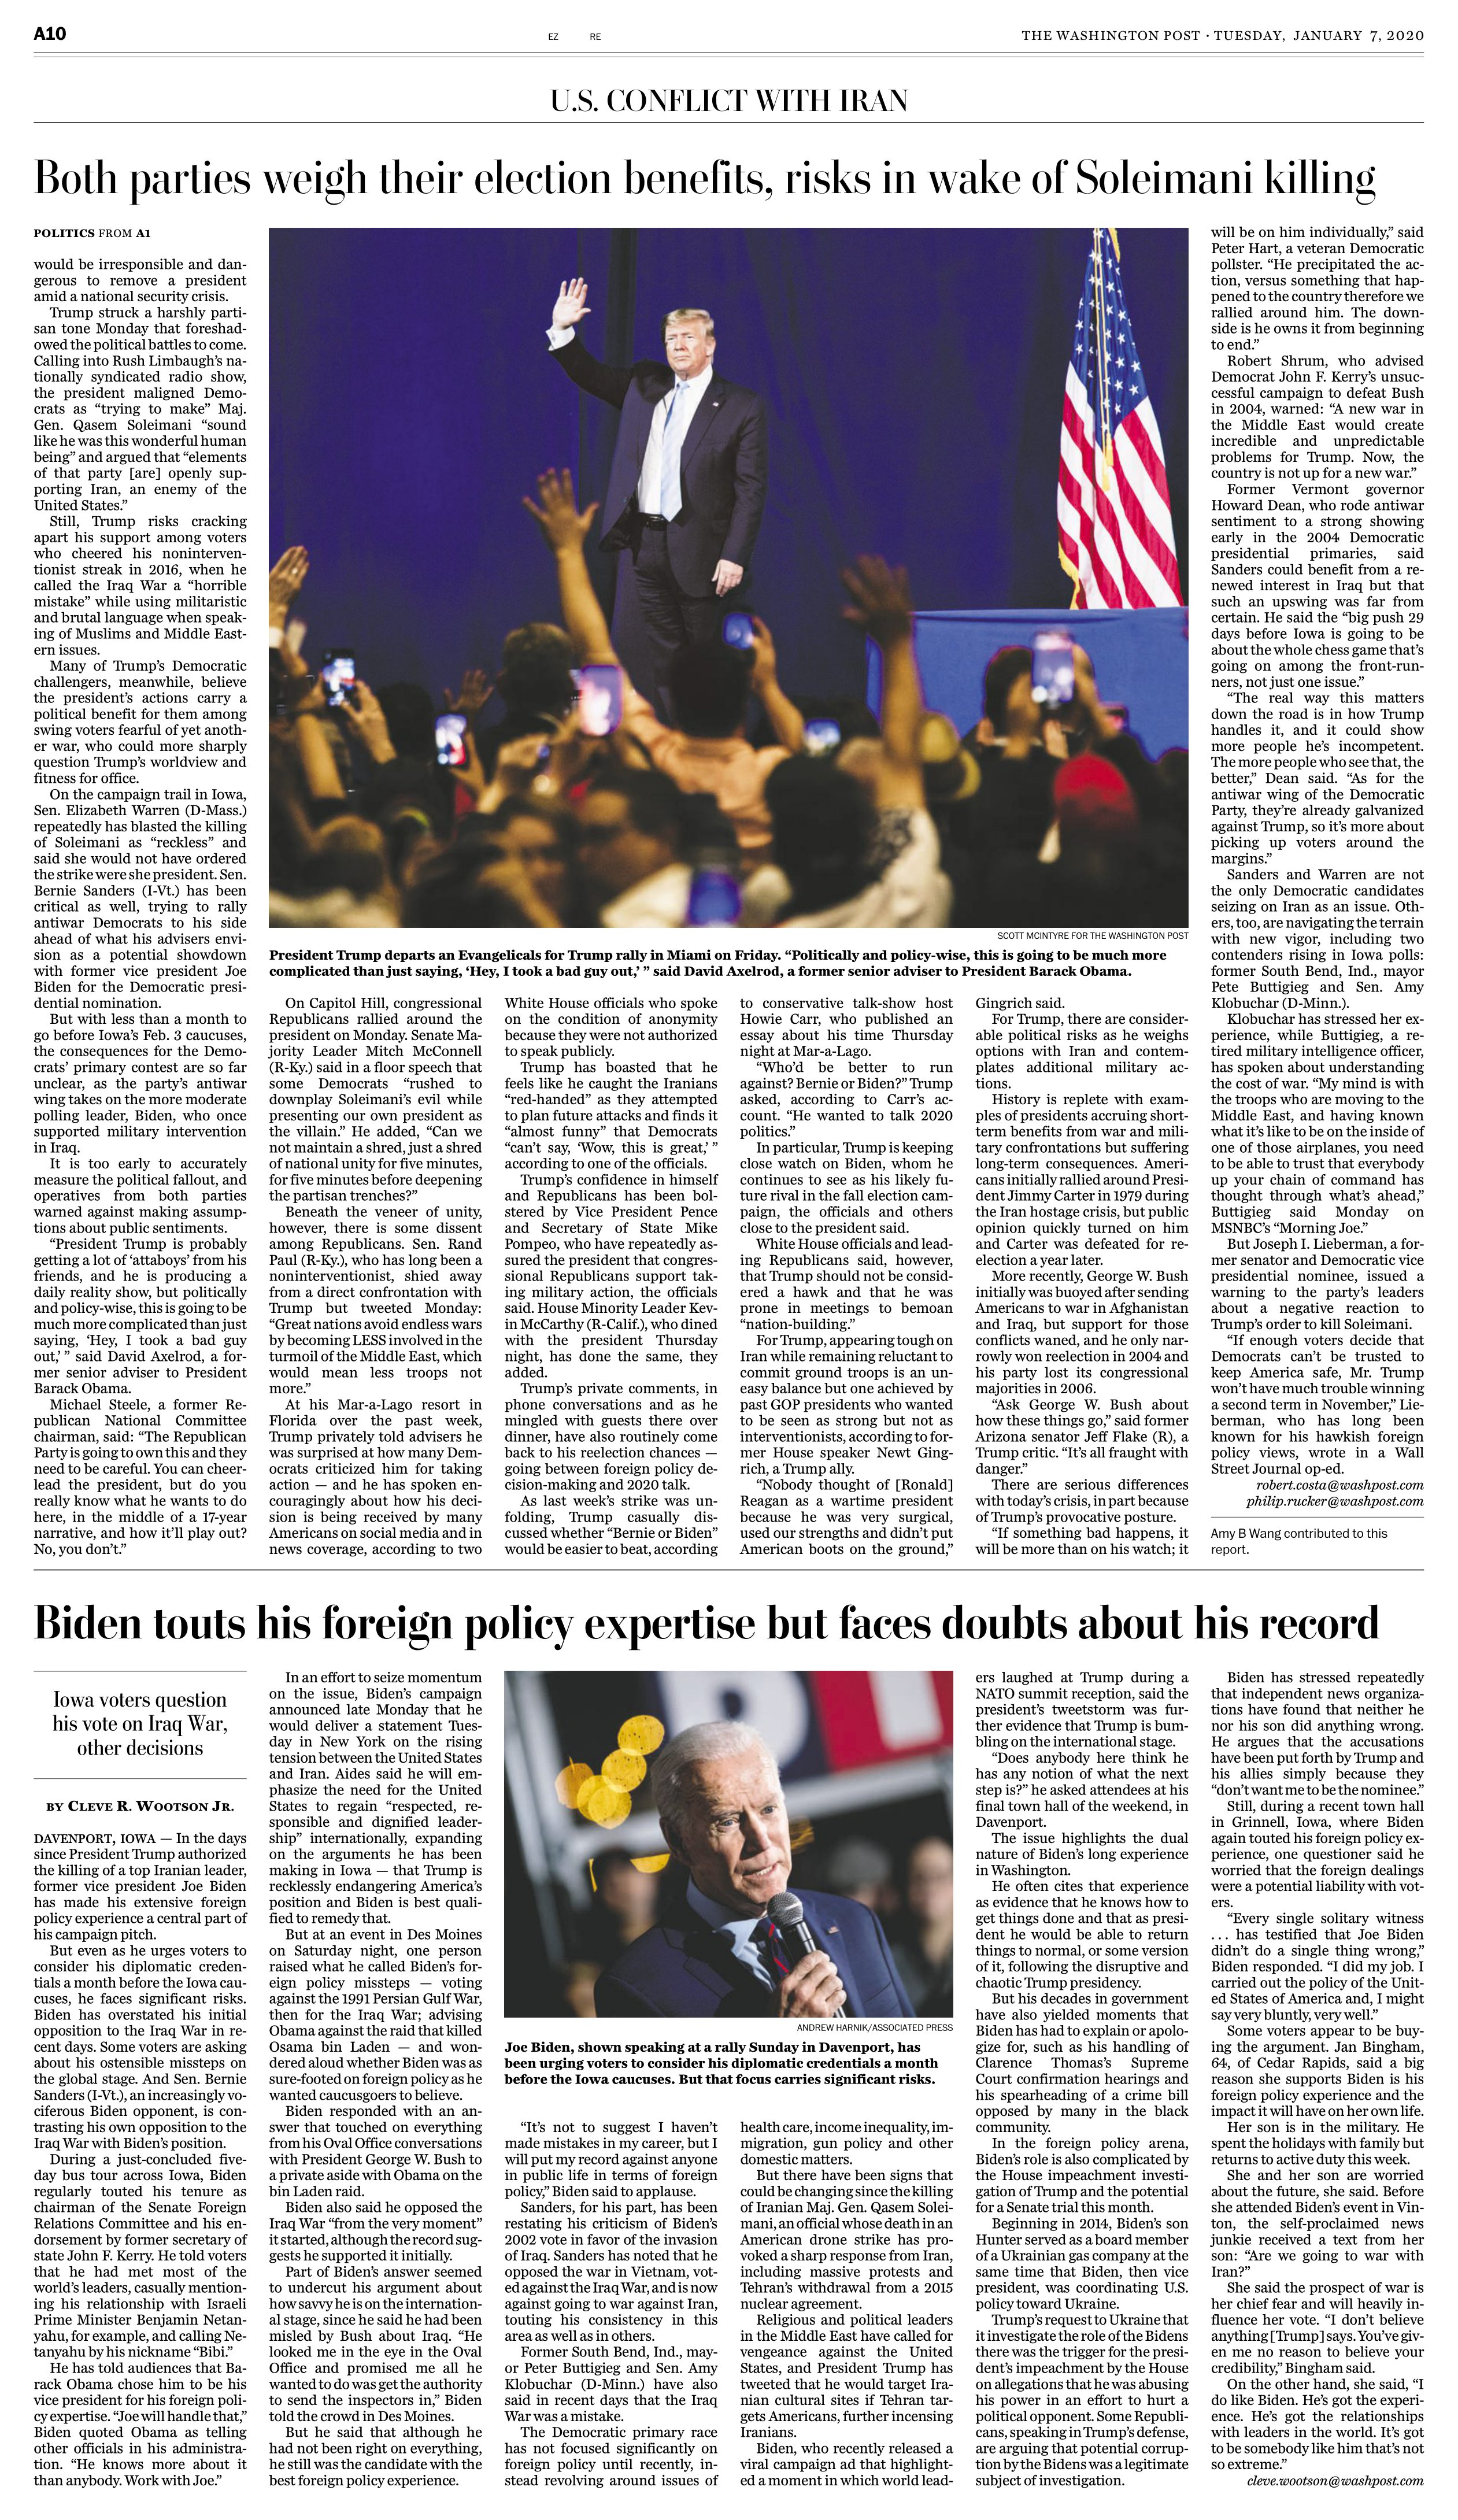
Language: en